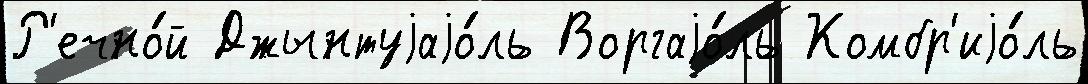
Р'ечно́й Джынтуjаjо́ль Воргаjо́ль Комбр'иjо́ль